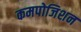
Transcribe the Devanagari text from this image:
कमपोजिशन